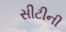
સીટીની